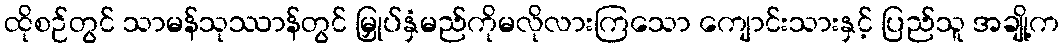
ထိုစဉ်တွင် သာမန်သုဿာန်တွင် မြှုပ်နှံမည်ကိုမလိုလားကြသော ကျောင်းသားနှင့် ပြည်သူ အချို့က